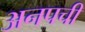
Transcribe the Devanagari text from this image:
अनपची